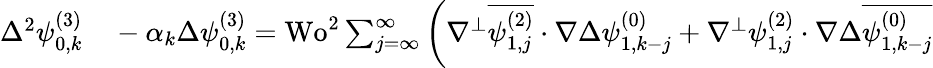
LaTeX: \begin{array}{rl}{\Delta^{2}\psi_{0,k}^{(3)}}&{{}-\alpha_{k}\Delta\psi_{0,k}^{(3)}=\textrm{Wo}^{2}\sum_{j=\infty}^{\infty}\bigg(\nabla^{\perp}\overline{{\psi_{1,j}^{(2)}}}\cdot\nabla\Delta\psi_{1,k-j}^{(0)}+\nabla^{\perp}\psi_{1,j}^{(2)}\cdot\nabla\Delta\overline{{\psi_{1,k-j}^{(0)}}}}\end{array}